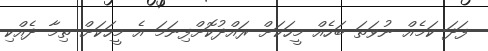
ފަދަ ކަމެއް ނުވަތަ ބަހެއް މީހަކަށް ރައްދުކޮށްފިނަމަ އެ މީހަކަށް ތިމާ ދެއްކި